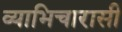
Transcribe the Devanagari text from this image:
व्याभिचारासी